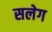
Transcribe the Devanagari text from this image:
सलेग